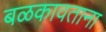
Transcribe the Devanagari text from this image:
बळकावताना